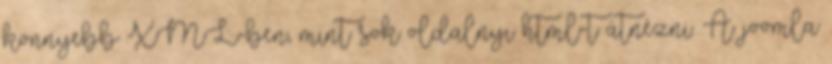
könnyebb XML-ben, mint sok oldalnyi html-t átnézni. A joomla